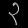
Digit: ၃